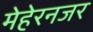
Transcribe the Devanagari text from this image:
मेहेरनजर